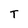
Character: T